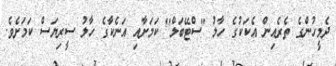
ދެމީހުންގެ ތެރެއިން އެކަކުގެ ހާލު "ސްޓޭބަލް" ކަމަށާއި އަނެކާގެ ހާލު ސީރިޔަސް ކަމަށެވެ.